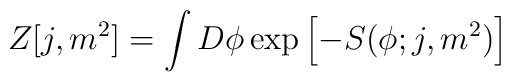
Z[j,m^2] = \int D\phi \exp\left[ -S(\phi;j,m^2)\right ]